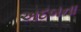
અદબના